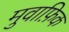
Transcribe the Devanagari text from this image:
मुवाफ़िक